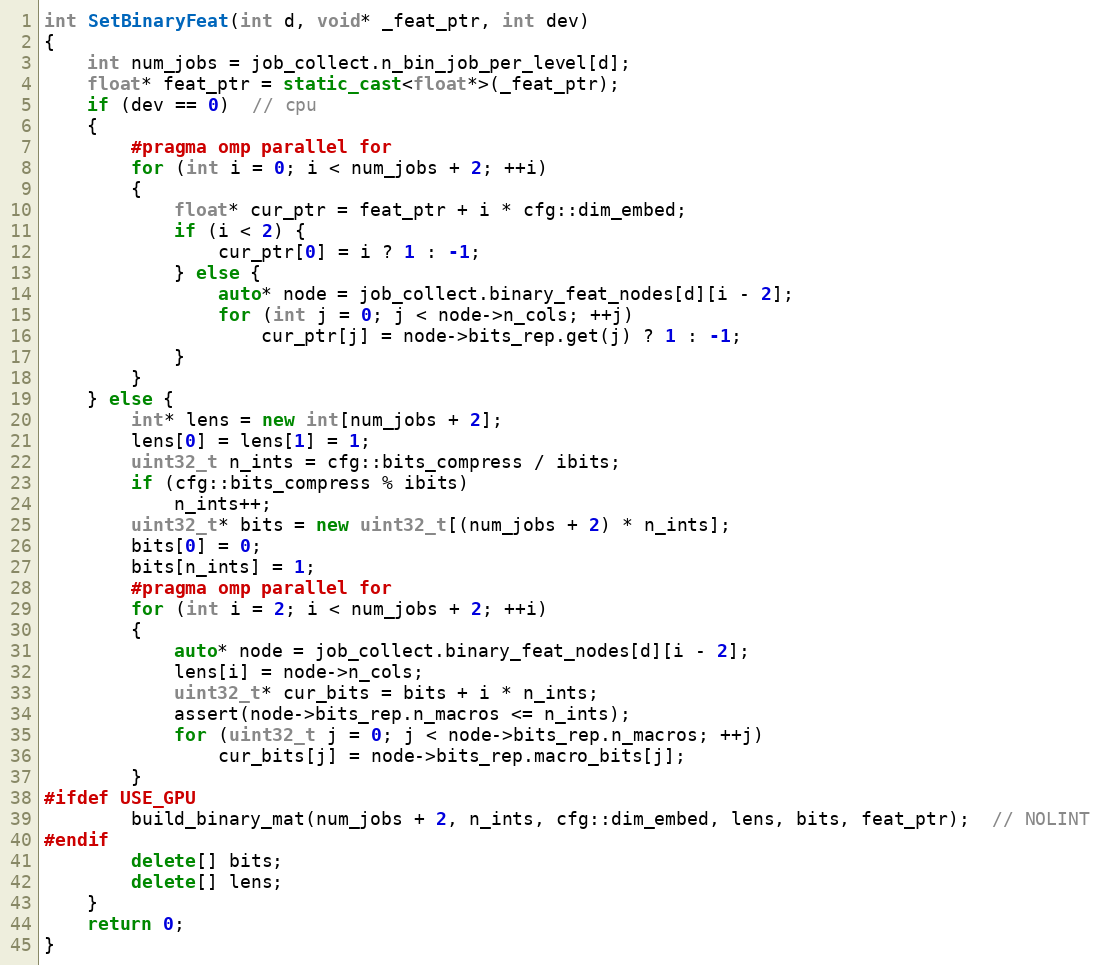
Language: C++
int SetBinaryFeat(int d, void* _feat_ptr, int dev)
{
    int num_jobs = job_collect.n_bin_job_per_level[d];
    float* feat_ptr = static_cast<float*>(_feat_ptr);
    if (dev == 0)  // cpu
    {
        #pragma omp parallel for
        for (int i = 0; i < num_jobs + 2; ++i)
        {
            float* cur_ptr = feat_ptr + i * cfg::dim_embed;
            if (i < 2) {
                cur_ptr[0] = i ? 1 : -1;
            } else {
                auto* node = job_collect.binary_feat_nodes[d][i - 2];
                for (int j = 0; j < node->n_cols; ++j)
                    cur_ptr[j] = node->bits_rep.get(j) ? 1 : -1;
            }
        }
    } else {
        int* lens = new int[num_jobs + 2];
        lens[0] = lens[1] = 1;
        uint32_t n_ints = cfg::bits_compress / ibits;
        if (cfg::bits_compress % ibits)
            n_ints++;
        uint32_t* bits = new uint32_t[(num_jobs + 2) * n_ints];
        bits[0] = 0;
        bits[n_ints] = 1;
        #pragma omp parallel for
        for (int i = 2; i < num_jobs + 2; ++i)
        {
            auto* node = job_collect.binary_feat_nodes[d][i - 2];
            lens[i] = node->n_cols;
            uint32_t* cur_bits = bits + i * n_ints;
            assert(node->bits_rep.n_macros <= n_ints);
            for (uint32_t j = 0; j < node->bits_rep.n_macros; ++j)
                cur_bits[j] = node->bits_rep.macro_bits[j];
        }
#ifdef USE_GPU
        build_binary_mat(num_jobs + 2, n_ints, cfg::dim_embed, lens, bits, feat_ptr);  // NOLINT
#endif
        delete[] bits;
        delete[] lens;
    }
    return 0;
}